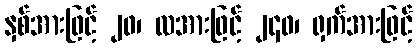
နှစ်အားဖြင့် ၂၀၊ လအားဖြင့် ၂၄၀၊ ရှက်အားဖြင့်